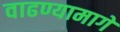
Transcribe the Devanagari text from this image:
वाढण्यामागे